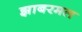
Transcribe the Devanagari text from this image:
झाबरमल